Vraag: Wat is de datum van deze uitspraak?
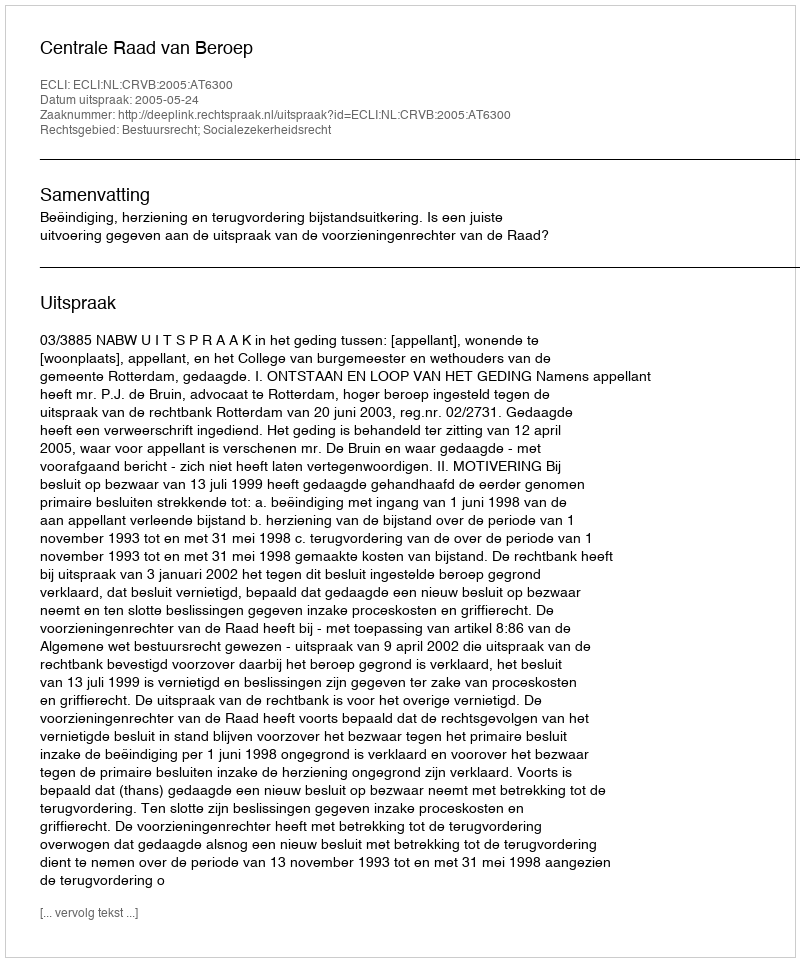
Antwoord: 2005-05-24